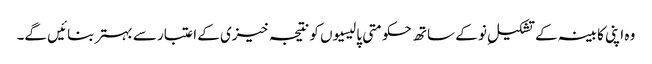
وہ اپنی کابینہ کے تشکیلِ نو کے ساتھ حکومتی پالیسیوں کو نتیجہ خیزی کے اعتبار سے بہتر بنائیں گے۔